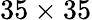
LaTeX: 35\times 35